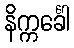
နိက္ကင်္ခေါ